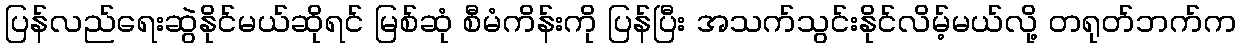
ပြန်လည်ရေးဆွဲနိုင်မယ်ဆိုရင် မြစ်ဆုံ စီမံကိန်းကို ပြန်ပြီး အသက်သွင်းနိုင်လိမ့်မယ်လို့ တရုတ်ဘက်က